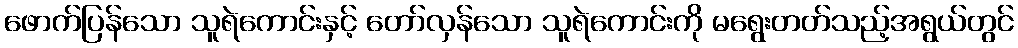
ဖောက်ပြန်သော သူရဲကောင်းနှင့် တော်လှန်သော သူရဲကောင်းကို မရွေးတတ်သည့်အရွယ်တွင်